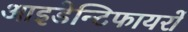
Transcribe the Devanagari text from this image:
आइडेन्टिफायरों